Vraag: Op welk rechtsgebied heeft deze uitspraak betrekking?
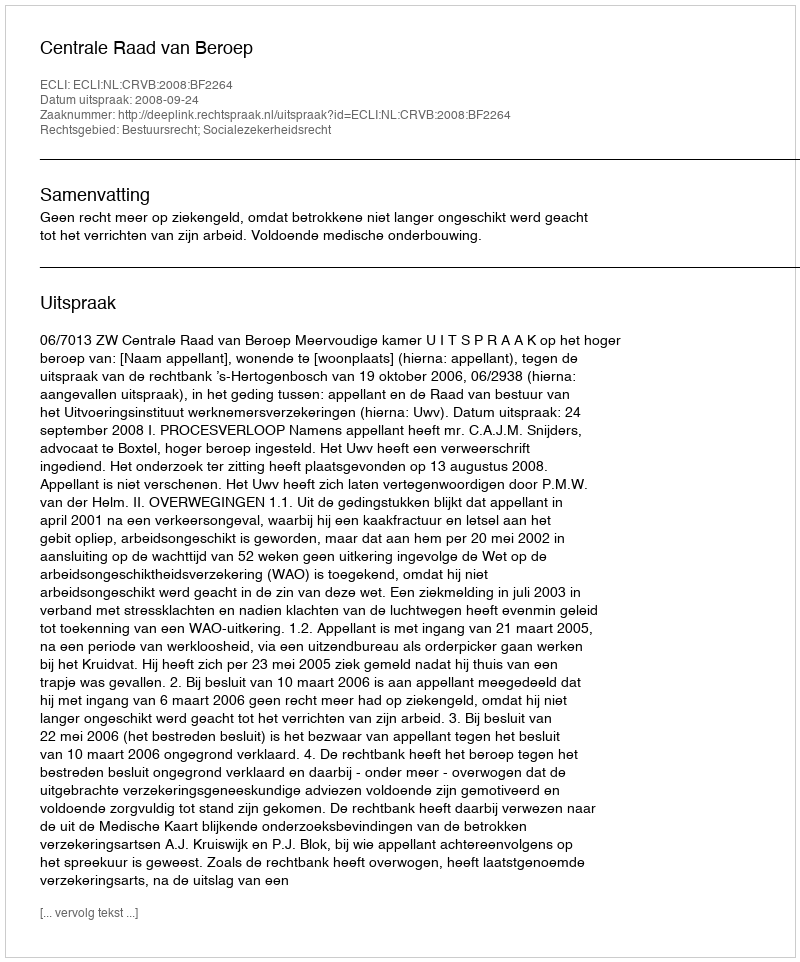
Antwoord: Bestuursrecht; Socialezekerheidsrecht